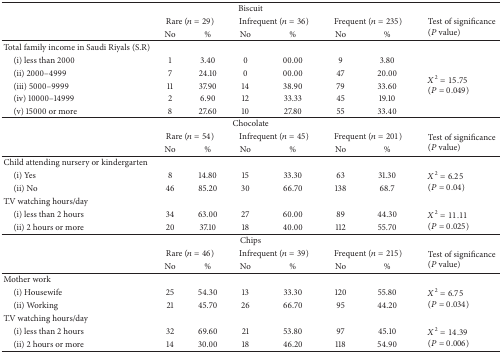
<table><thead><tr><td colspan="8"><b>Biscuit</b></td></tr><tr><td><b> </b></td><td colspan="2"><b>Rare (<i>n</i> = 29)</b></td><td colspan="2"><b>Infrequent (<i>n</i> = 36)</b></td><td colspan="2"><b>Frequent (<i>n</i> = 235)</b></td><td rowspan="2"><b>Test of significance (<i>P</i> value)</b></td></tr><tr><td><b> </b></td><td><b>No</b></td><td><b>%</b></td><td><b>No</b></td><td><b>%</b></td><td><b>No</b></td><td><b>%</b></td></tr></thead><tbody><tr><td>Total family income in Saudi Riyals (S.R)</td><td> </td><td> </td><td> </td><td> </td><td> </td><td> </td><td> </td></tr><tr><td> (i) less than 2000</td><td>1</td><td>3.40</td><td>0</td><td>00.00</td><td>9</td><td>3.80</td><td rowspan="5"><i>X</i><sup>2</sup> = 15.75 (<i>P</i> = 0.049)</td></tr><tr><td> (ii) 2000–4999</td><td>7</td><td>24.10</td><td>0</td><td>00.00</td><td>47</td><td>20.00</td></tr><tr><td> (iii) 5000–9999</td><td>11</td><td>37.90</td><td>14</td><td>38.90</td><td>79</td><td>33.60</td></tr><tr><td> (iv) 10000–14999</td><td>2</td><td>6.90</td><td>12</td><td>33.33</td><td>45</td><td>19.10</td></tr><tr><td> (v) 15000 or more</td><td>8</td><td>27.60</td><td>10</td><td>27.80</td><td>55</td><td>33.40</td></tr><tr><td colspan="8">Chocolate</td></tr><tr><td> </td><td colspan="2">Rare (<i>n</i> = 54)</td><td colspan="2">Infrequent (<i>n</i> = 45)</td><td colspan="2">Frequent (<i>n</i> = 201)</td><td rowspan="2">Test of significance (<i>P</i> value)</td></tr><tr><td> </td><td>No</td><td>%</td><td>No</td><td>%</td><td>No</td><td>%</td></tr><tr><td>Child attending nursery or kindergarten</td><td> </td><td> </td><td> </td><td> </td><td> </td><td> </td><td> </td></tr><tr><td> (i) Yes</td><td>8</td><td>14.80</td><td>15</td><td>33.30</td><td>63</td><td>31.30</td><td rowspan="2"><i>X</i><sup>2</sup> = 6.25(<i>P</i> = 0.04)</td></tr><tr><td> (ii) No</td><td>46</td><td>85.20</td><td>30</td><td>66.70</td><td>138</td><td>68.7</td></tr><tr><td>T.V watching hours/day</td><td> </td><td> </td><td> </td><td> </td><td> </td><td> </td><td> </td></tr><tr><td> (i) less than 2 hours</td><td>34</td><td>63.00</td><td>27</td><td>60.00</td><td>89</td><td>44.30</td><td rowspan="2"><i>X</i><sup>2</sup> = 11.11(<i>P</i> = 0.025)</td></tr><tr><td> (ii) 2 hours or more</td><td>20</td><td>37.10</td><td>18</td><td>40.00</td><td>112</td><td>55.70</td></tr><tr><td colspan="8">Chips</td></tr><tr><td> </td><td colspan="2">Rare (<i>n</i> = 46)</td><td colspan="2">Infrequent (<i>n</i> = 39)</td><td colspan="2">Frequent (<i>n</i> = 215)</td><td rowspan="2">Test of significance (<i>P</i> value)</td></tr><tr><td> </td><td>No</td><td>%</td><td>No</td><td>%</td><td>No</td><td>%</td></tr><tr><td>Mother work</td><td> </td><td> </td><td> </td><td> </td><td> </td><td> </td><td> </td></tr><tr><td> (i) Housewife</td><td>25</td><td>54.30</td><td>13</td><td>33.30</td><td>120</td><td>55.80</td><td rowspan="2"><i>X</i><sup>2</sup> = 6.75(<i>P</i> = 0.034)</td></tr><tr><td> (ii) Working </td><td>21</td><td>45.70</td><td>26</td><td>66.70</td><td>95</td><td>44.20</td></tr><tr><td>T.V watching hours/day</td><td> </td><td> </td><td> </td><td> </td><td> </td><td> </td><td> </td></tr><tr><td> (i) less than 2 hours</td><td>32</td><td>69.60</td><td>21</td><td>53.80</td><td>97</td><td>45.10</td><td rowspan="2"><i>X</i><sup>2</sup> = 14.39(<i>P</i> = 0.006)</td></tr><tr><td> (ii) 2 hours or more</td><td>14</td><td>30.00</td><td>18</td><td>46.20</td><td>118</td><td>54.90</td></tr></tbody></table>